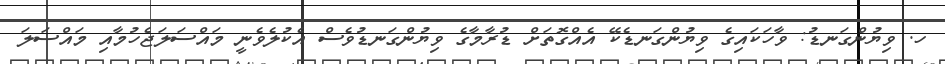
ހ. ވިޔުންގަނޑު: ވާހަކައިގެ ވިޔުންގަނޑެކޭ އެއްގޮތަށް ޑުރާމާގެ ވިޔުންގަނޑުވެސް އެކުލެވެނީ މައްސަލަޖެހުމާއި މައްސަލަ